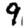
Digit: 9